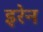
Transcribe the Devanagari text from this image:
इरेन